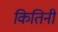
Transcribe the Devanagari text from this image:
कितिनी